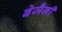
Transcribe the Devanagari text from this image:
बेजैनी